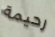
رحيمة